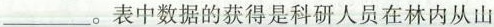
___。表中数据的获得是科研人员在林内从山